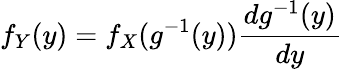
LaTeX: f_{Y}(y)=f_{X}(g^{-1}(y))\frac{dg^{-1}(y)}{dy}